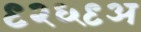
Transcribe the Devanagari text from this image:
९२६९अ